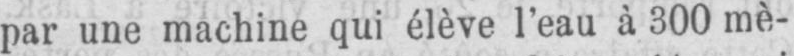
par une machine qui élève l’eau à 300 mè-